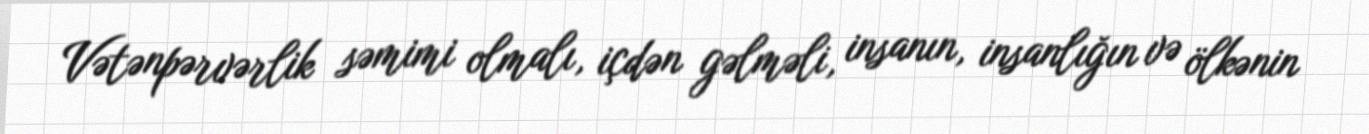
Vətənpərvərlik səmimi olmalı, içdən gəlməli, insanın, insanlığın və ölkənin